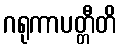
ဂရုကာပတ္တီတိ